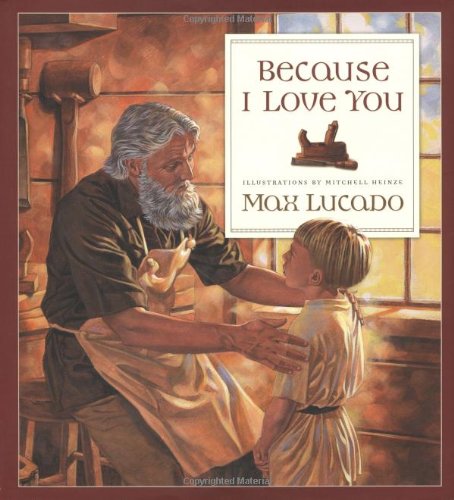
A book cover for Because I Love You; Max Lucado; Children's Books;